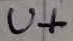
Text: U+